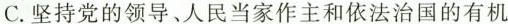
C.坚持党的领导、人民当家作主和依法治国的有机